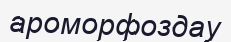
ароморфоздау